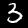
Digit: 3